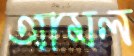
আমল